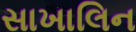
સાખાલિન